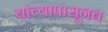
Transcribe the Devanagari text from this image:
यांच्यापासूनच